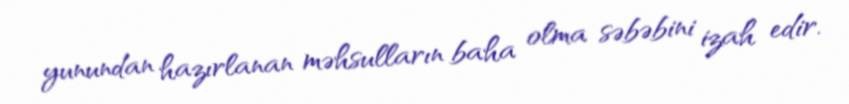
yunundan hazırlanan məhsulların baha olma səbəbini izah edir.